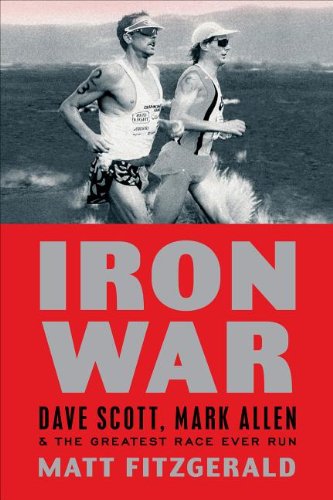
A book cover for Iron War: Dave Scott, Mark Allen, and the Greatest Race Ever Run; Matt Fitzgerald; Health, Fitness & Dieting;